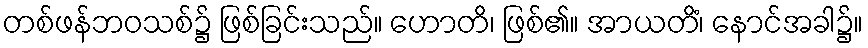
တစ်ဖန်ဘဝသစ်၌ ဖြစ်ခြင်းသည်။ ဟောတိ၊ ဖြစ်၏။ အာယတိံ၊ နောင်အခါ၌။